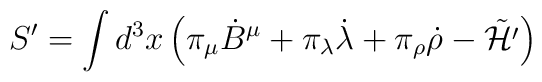
S'  =  \int d^3x \left( \pi_\mu {\dot B}^\mu + \pi_\lambda {\dot \lambda}                 + \pi_\rho {\dot \rho}                 - \tilde{\cal H'}           \right)